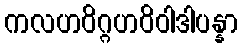
ကလဟဝိဂ္ဂဟဝိဝါဒါပန္နာ